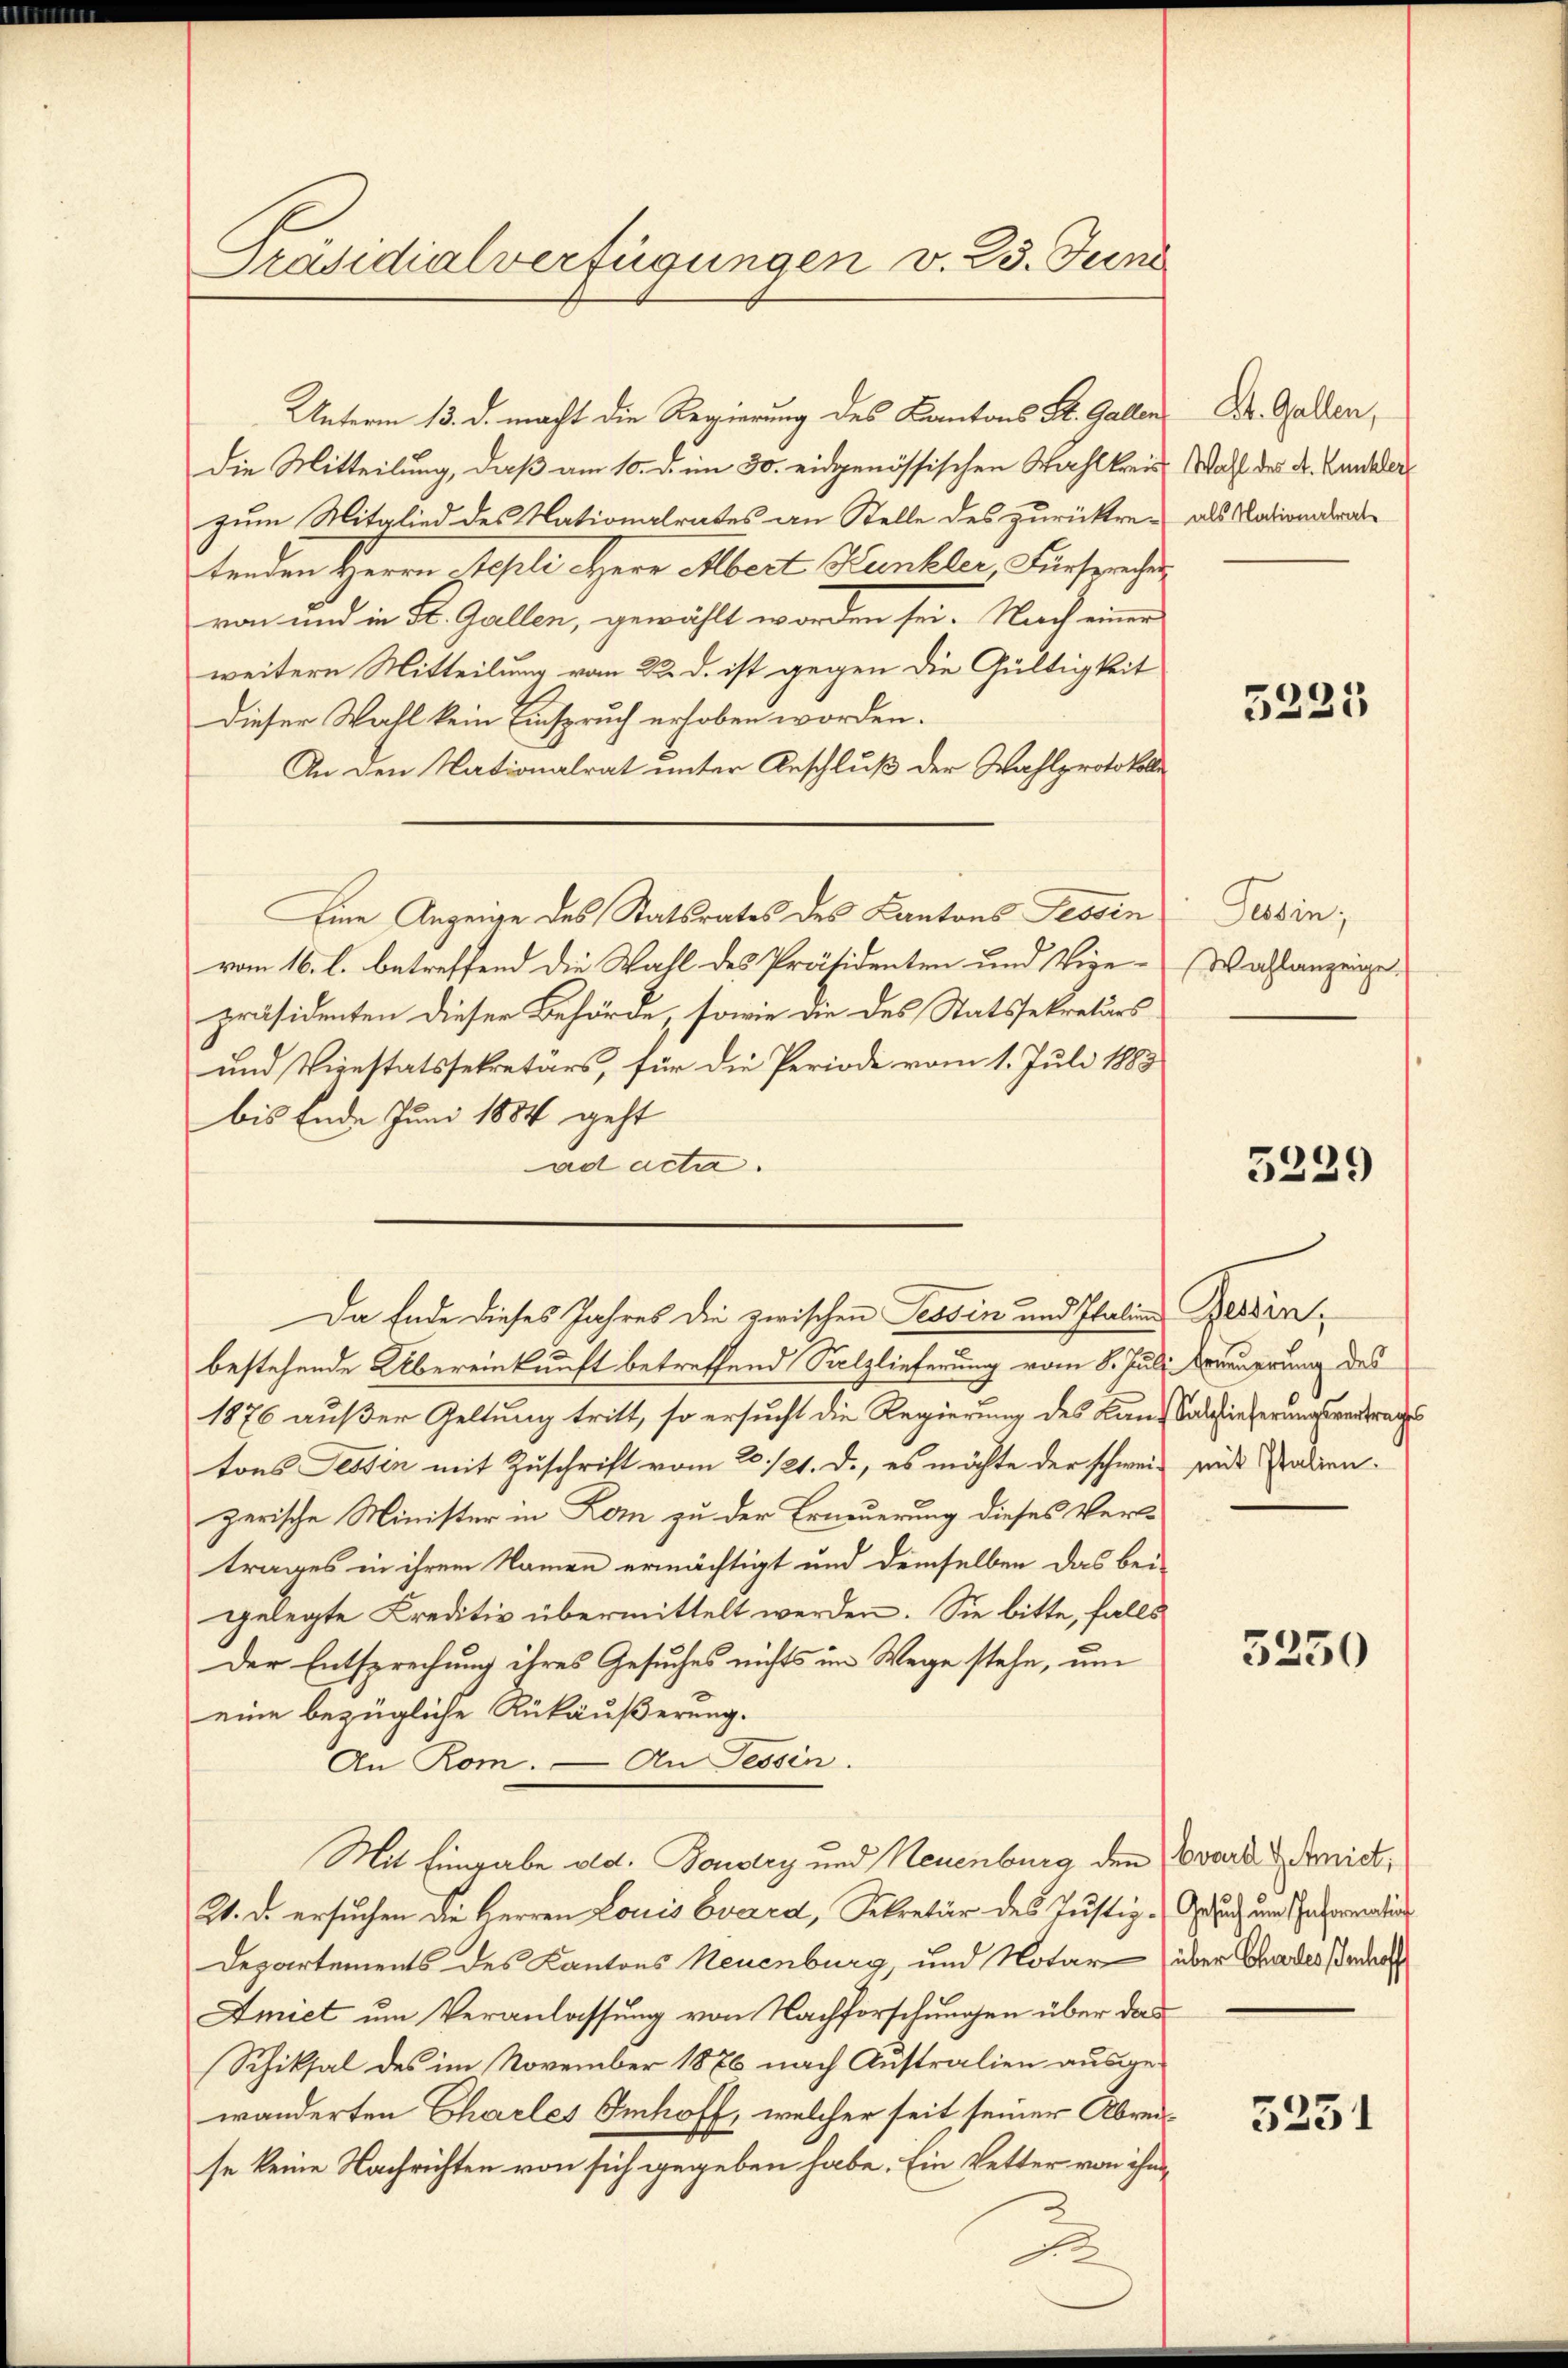
Präsidialverfügungen v. 23. Juni

Unterm 13. d. macht die Regierung des Kantons St. Gallen
die Mitteilung, daß am 10. d. im 30. eidgenössischen Wahlkreiszum Mitglied des Nationalrates an Stelle des zurückre-
tenden Herrn Aesli Herr Mbert Kunkler, Fürsprechen
von und in St. Gallen, gewählt worden sei. Nach einer
weitern Mitteilung vom 22. d. ist gegen die Gültigkeit
Dieser Wahl kein Einspruch erloben worden.
An den Nationalrat unter Anschluß der Wahlprotokolle
Eine Anzeige des Statsrates des Kantons Tessin
vom 16. l. betreffend die Wahl des Präsidenten und Virepräsidenten dieser Behörde, sowie die des Statssekretärs
und Vigestatssekretärs, für die Periode vom 1. Juli 1883
bis Ende Juni 1884 geht
ad acta.
bestehende Übereinkunft betreffend Salzlieferung vom 8. Juli Mauerung des
1876 außer Geltung tritt, so ersucht die Regierung des Kaufsabflieferungsvertrags
tons Tessin mit Zuschrift vom 20./21. d., es möchte der schweiz mit alien-
zerische Minister in Dom zu der Erneuerung dieses Vertrages in ihrem Namen ermächtigt und demselben das bei-
gelegte Creditiv übermittelt werden. Sie bitte, falls
Der Entsprechung ihres Gesuches nichts im Wege stehe, um
eine bezügliche Rükäußerung.
An Rom. — An Tessin.
Mit Eingabe old. Boudry und Neuenburg, den Evard nich
21. d. ersuchen die Herren Louis Overra, Sekretär des Justiz - Ossin, um Informations
Departements des Kantons Neuenburg, und Notar über Chades Todes
Amiet um Veranlassung von Nachforschungen über das
Schiksal des im November 1876 nach Australien ausgewanderten Charles Imhoff, welcher seit seiner Abreise keine Nachrichten von sich gegeben habe. Ein Vetter von ihm
u

Da Ende dieses Jahres die zwischen Tessin und Italien Zessin,

St. Gallen,
Wahl des A. Kunkler
als Nationalrat

5235

Tessin;
Wahlanzeige.

5229

3250

5231